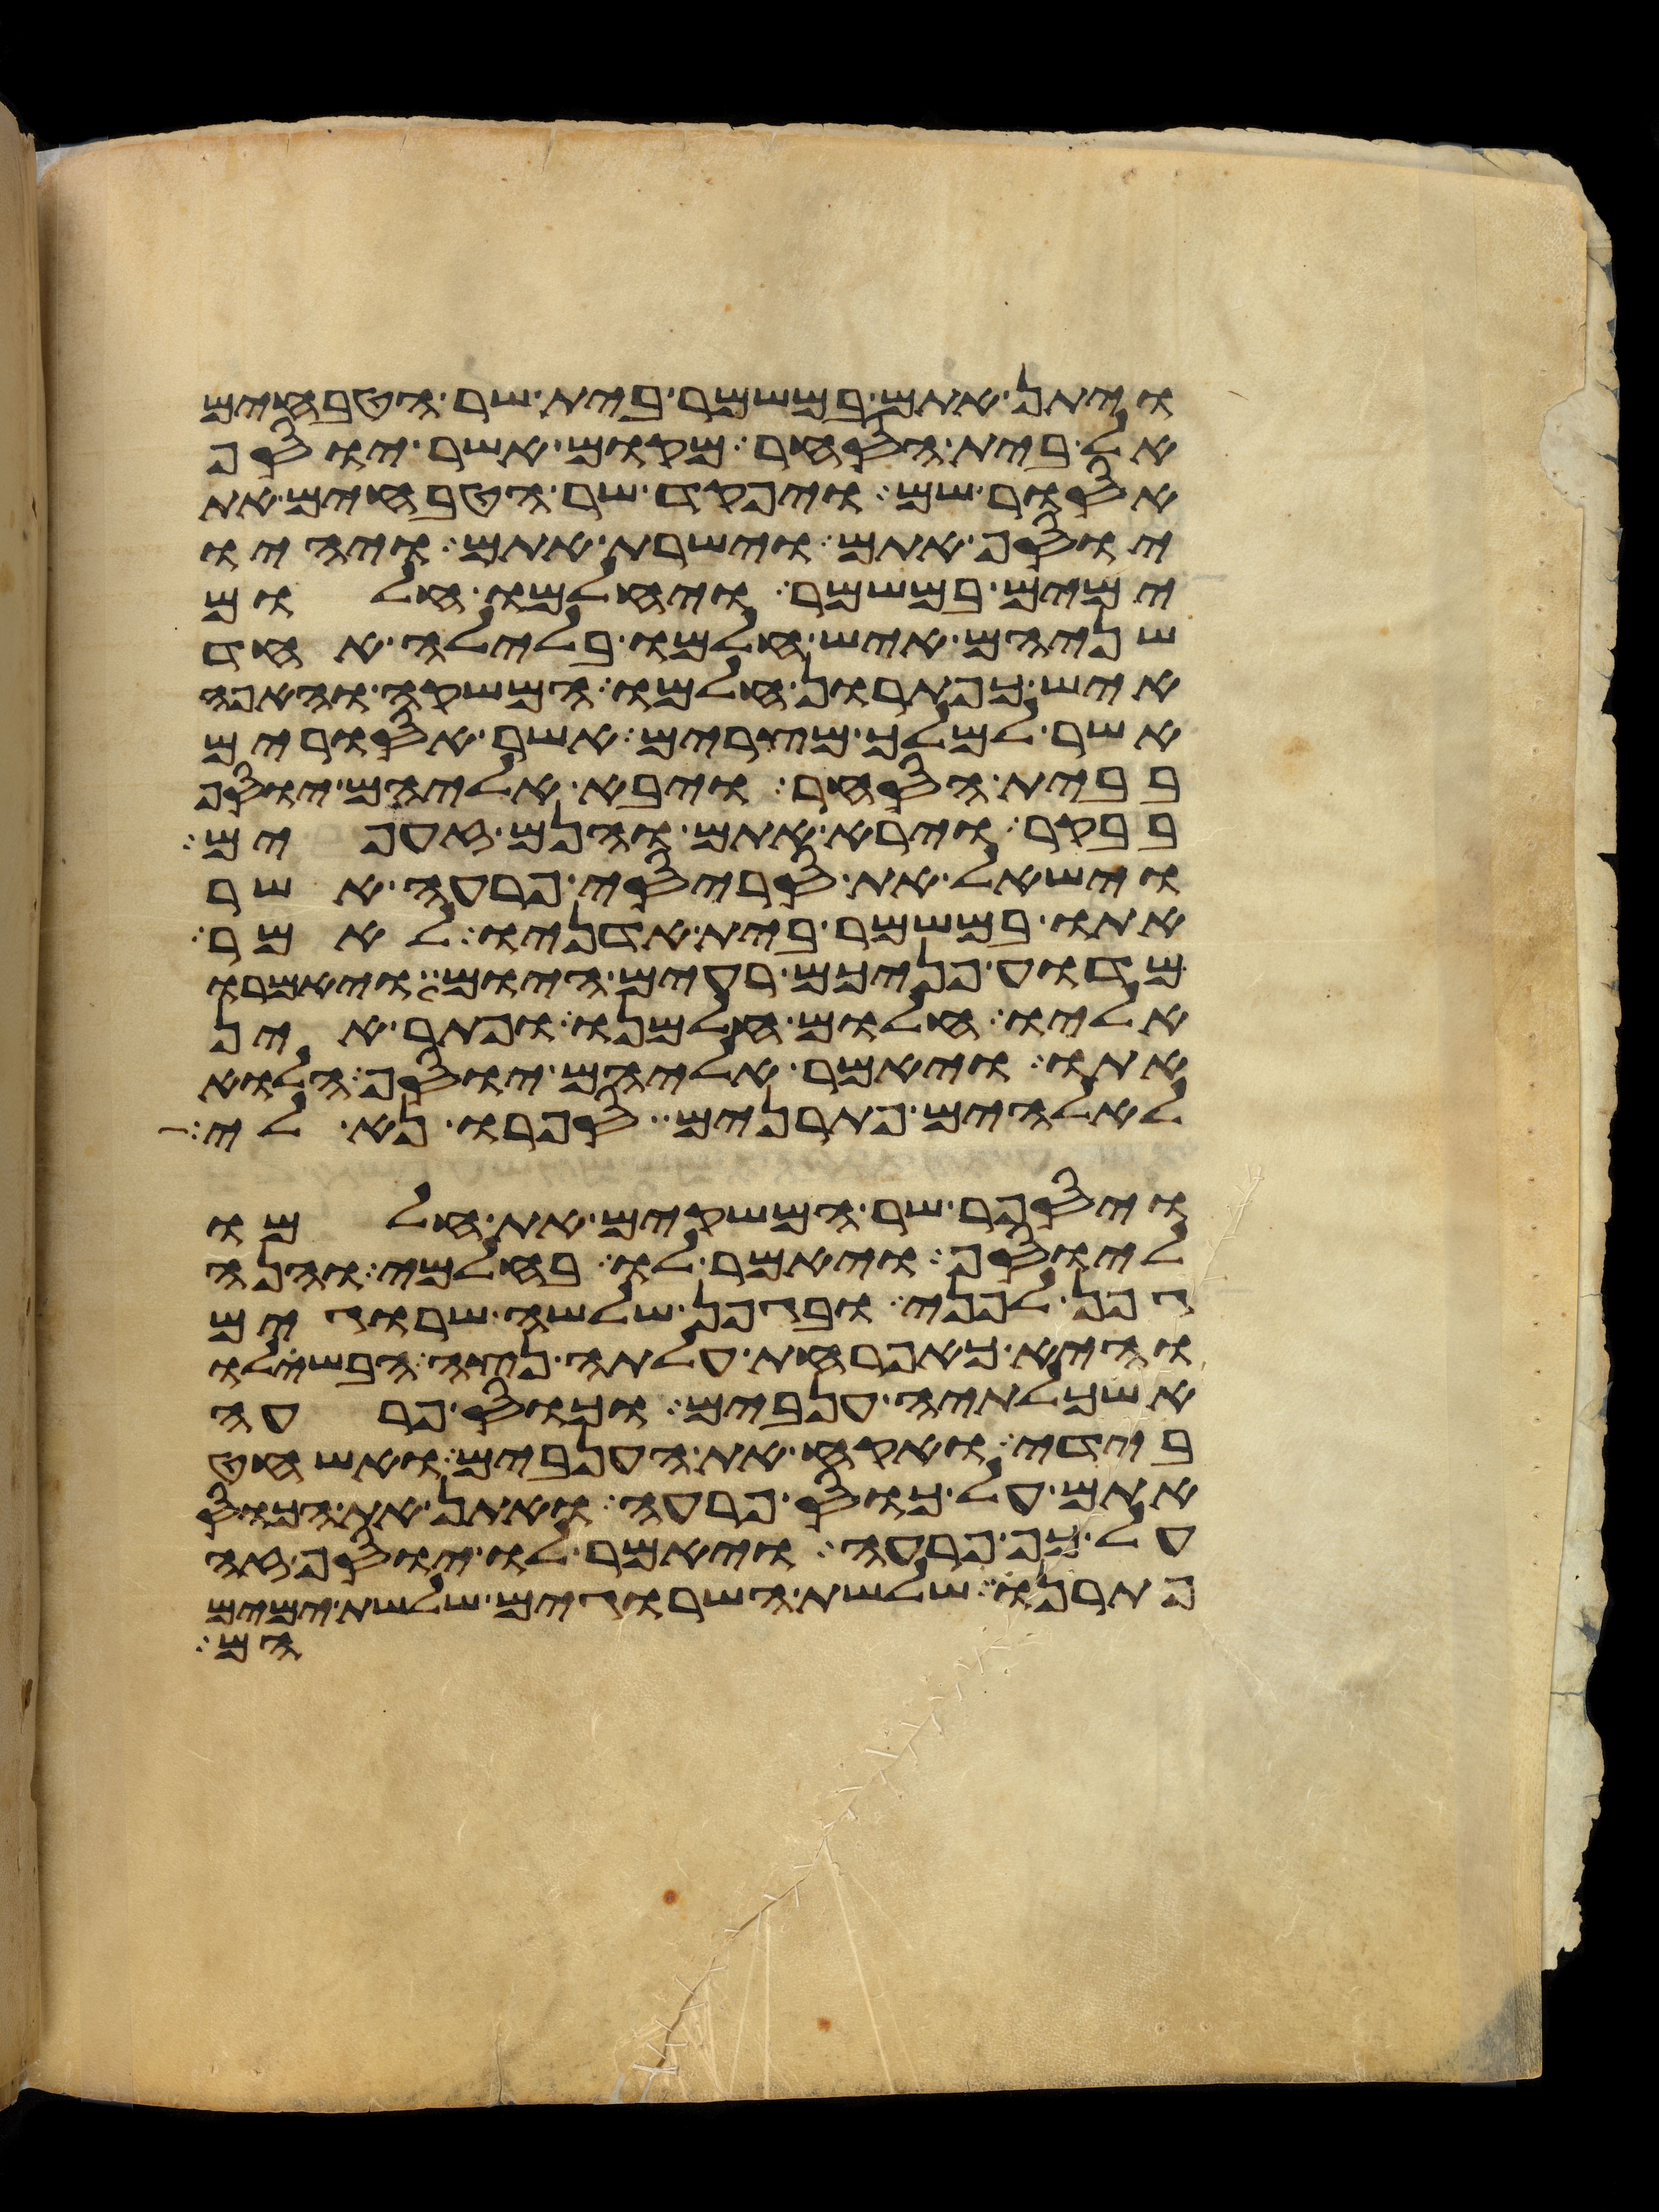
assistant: ויתן אתם במשמר בית שר הטבחים
אל בית הסחר מקום אשר יוסף
אסור שם ויפקד שר הטבחים את
יוסף אתם וישרת אתם ויהיו
ימים במשמר ויחלמו חלום
שניהם איש חלמו בלילה אחד
איש כפתרון חלמו המשקה והאפה
אשר למלך מצרים אשר אסורים
בבית הסחר ויבא אליהם יוסף
בבקר וירא אתם והנם זעפים
וישאל את סריסי פרעה אשר
אתו במשמר בית אדניו לאמר
מדוע פניכם רעים היום ויאמרו
אליו חלום חלמנו ופתר אין
אתו ויאמר אליהם יוסף הלוא
לאלהים פתרנים ספרו נא לי
ויספר שר המשקים את חלמו
ליוסף ויאמר לו בחלמי והנה
גפן לפני ובגפן שלשה שרוגים
והיא כאפרחת עלתה נצה הבשילו
אשכלתיה ענבים וכוס פרעה
בידי ואקח את הענבים ואשחט
אתם על כוס פרעה ואתן את הכוס
על כף פרעה ויאמר לו יוסף זה
פתרנו שלשת השרוגים שלשת ימים
הם